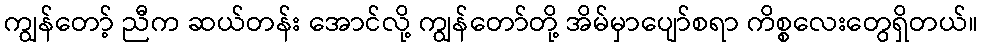
ကျွန်တော့် ညီက ဆယ်တန်း အောင်လို့ ကျွန်တော်တို့ အိမ်မှာပျော်စရာ ကိစ္စလေးတွေရှိတယ်။